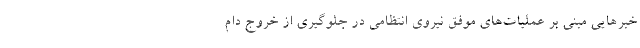
خبرهایی مبنی بر عملیات‌های موفق نیروی انتظامی در جلوگیری از خروج دام